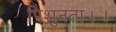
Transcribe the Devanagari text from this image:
पिशुनता।।